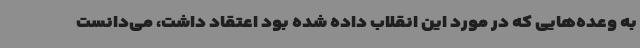
به وعده‌هایی که در مورد این انقلاب داده شده بود اعتقاد داشت، می‌دانست